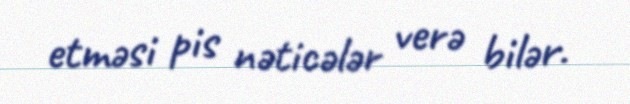
etməsi pis nəticələr verə bilər.